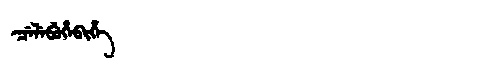
Manchu: ᠴᡝᠯᡝᠪᡠᡥᡝᠪᡳᡥᡝ
Romanization: CELEBUHEBIHE